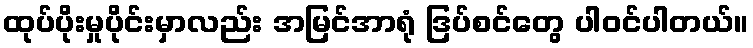
ထုပ်ပိုးမှုပိုင်းမှာလည်း အမြင်အာရုံ ဒြပ်စင်တွေ ပါဝင်ပါတယ်။